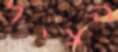
הציל